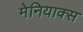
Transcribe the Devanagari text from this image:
मेनियाक्स